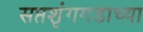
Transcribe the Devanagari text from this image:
सप्तशृंगगडाच्या